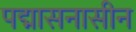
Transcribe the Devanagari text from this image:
पद्मासनासीन